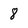
Character: 8